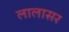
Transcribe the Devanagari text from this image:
लालासर